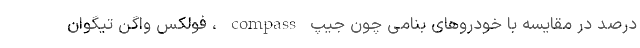
درصد در مقایسه با خودروهای بنامی چون جیپ compass ، فولکس واگن تیگوان